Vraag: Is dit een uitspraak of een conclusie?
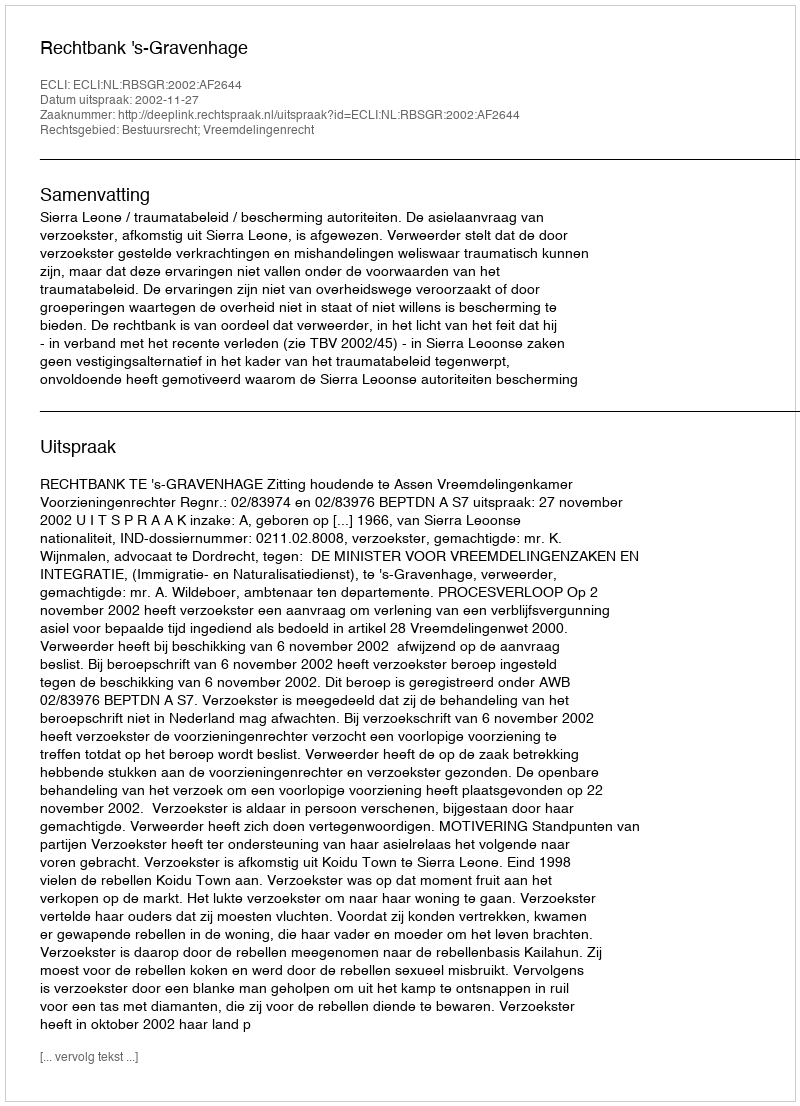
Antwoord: Uitspraak